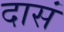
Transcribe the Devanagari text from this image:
दासं